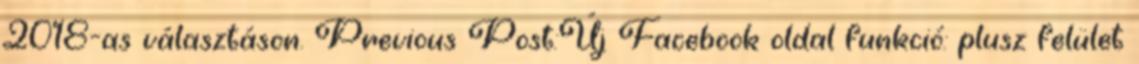
2018-as választáson. Previous Post:Új Facebook oldal funkció: plusz felület